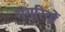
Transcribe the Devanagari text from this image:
गंगरियों